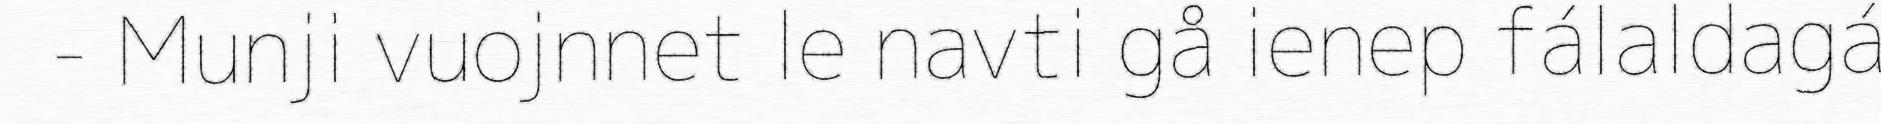
- Munji vuojnnet le navti gå ienep fálaldagá